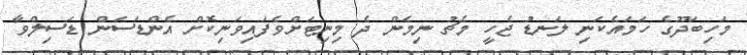
މަހިބަދޫގެ ހަމައެކަނި ލަނޑު ޖެހީ މެޗު ނިމެން ދެ މިނިޓަށްވެފައިވަނިކޮށް އެންޑަސަން ޑަސިލްވާ